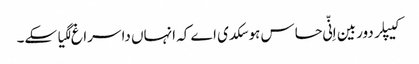
کیپلر دوربین اِنّی حساس ہوسکدی اے کہ انہاں دا سراغ لگیا سکے۔